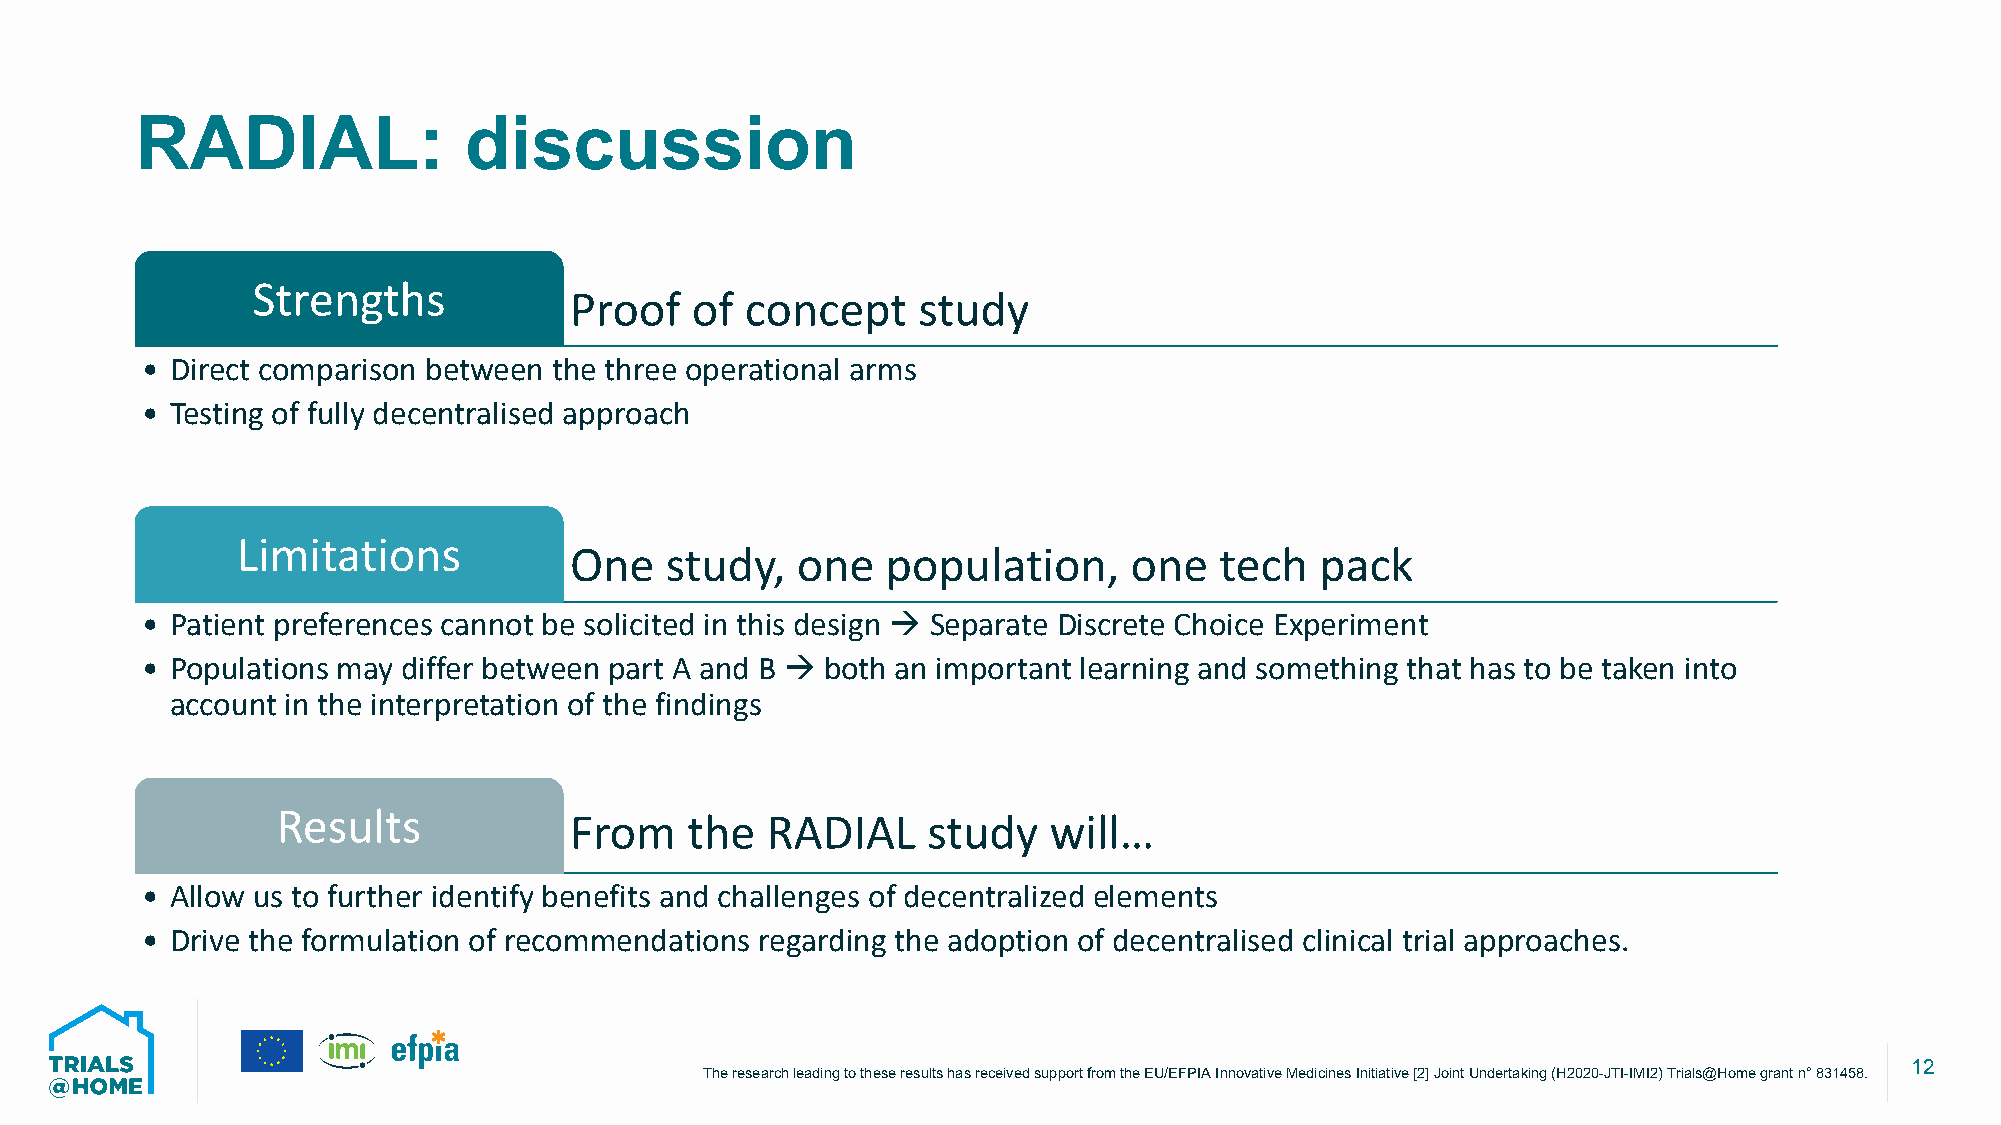
RADIAL:               discussion
 Strengths
 Proof   of concept     study
 • Direct comparison between the three operational arms
 • Testing of fully decentralised approach
 Limitations
 One   study,   one   population,     one   tech  pack
 • Patient preferences cannot be solicited in this design à Separate Discrete Choice Experiment
 • Populations may differ between part A and B à both an important learning and something that has to be taken into
 account in the interpretation of the findings
 Results             From   the   RADIAL    study   will…
 • Allow us to further identify benefits and challenges of decentralized elements
 • Drive the formulation of recommendations regarding the adoption of decentralised clinical trial approaches.
 12
 The research leading to these resultshas received support from the EU/EFPIA Innovative Medicines Initiative [2] Joint Undertaking (H2020-JTI-IMI2) Trials@Homegrant n°831458.